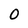
Character: 0